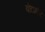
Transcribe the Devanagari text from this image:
बोटामोर